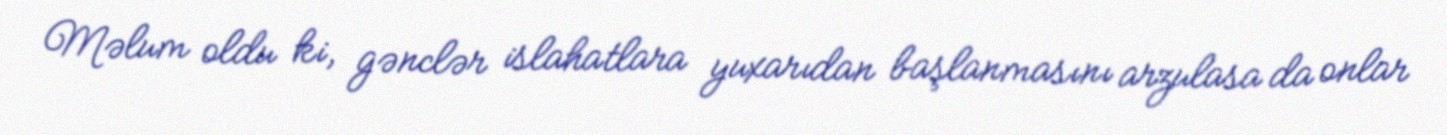
Məlum oldu ki, gənclər islahatlara yuxarıdan başlanmasını arzulasa da onlar